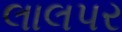
લાલપર